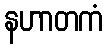
နဟာတကံ